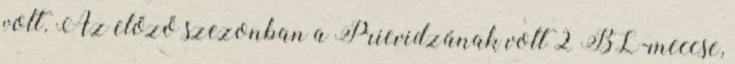
volt. Az előző szezonban a Prievidzának volt 2 BL-meccse,